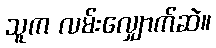
သူက လမ်းလျှောက်ဆဲ။